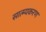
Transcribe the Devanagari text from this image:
सात्म्यकरण